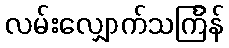
လမ်းလျှောက်သင်္ကြန်